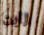
رايت